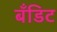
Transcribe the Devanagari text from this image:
बँडिट